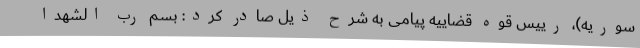
سوریه)، رییس قوه قضاییه پیامی به شرح ذیل صادر کرد: بسم رب الشهدا